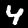
Digit: 4